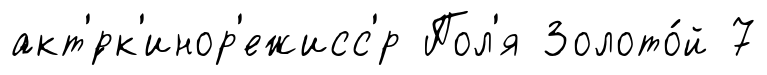
акт'́рк'инор'ежисс'р Пол'я Золото́й 7